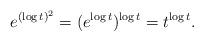
LaTeX: \begin{align*}e^{(\log t)^2}=(e^{\log t})^{\log t}=t^{\log t}.\end{align*}